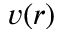
v ( r )